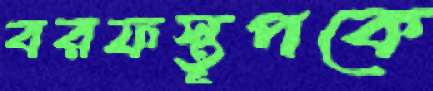
বরফস্তূপকে